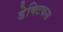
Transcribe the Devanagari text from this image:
डेक्टिकस